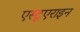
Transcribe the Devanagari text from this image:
एस्टूएराइन